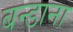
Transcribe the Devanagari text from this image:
बन्डाना